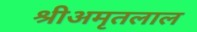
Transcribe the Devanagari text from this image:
श्रीअमृतलाल